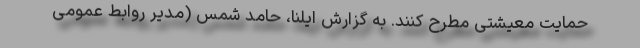
حمایت معیشتی مطرح کنند. به گزارش ایلنا، حامد شمس (مدیر روابط عمومی